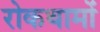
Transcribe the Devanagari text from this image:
रोकथामों